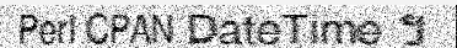
Perl CPAN DateTime ។